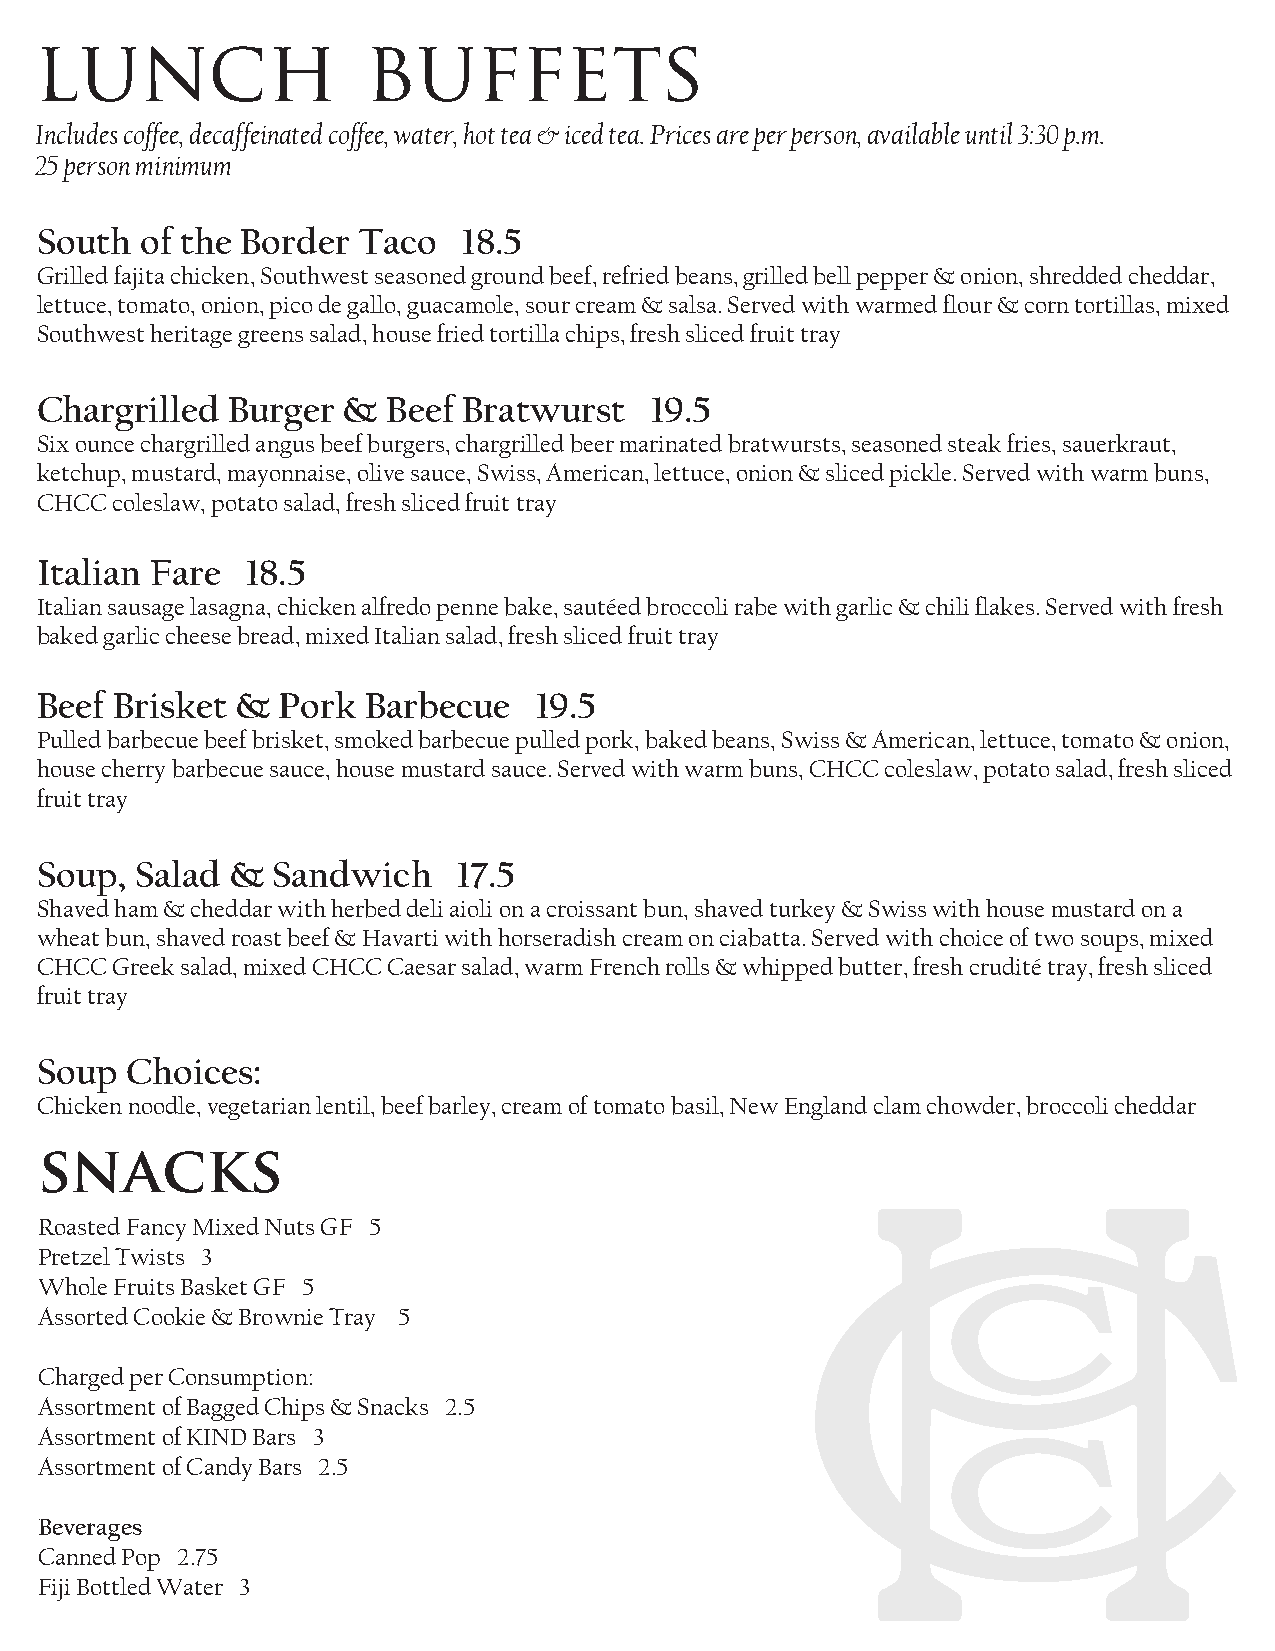
lunch                 buffets
 Includes coffee, decaffeinated coffee, water, hot tea & iced tea. Prices are per person, available until 3:30 p.m.
 25 person minimum
 South  of the Border  Taco   18.5
 Grilled fajita chicken, Southwest seasoned ground beef, refried beans, grilled bell pepper & onion, shredded cheddar,
 lettuce, tomato, onion, pico de gallo, guacamole, sour cream & salsa. Served with warmed flour & corn tortillas, mixed
 Southwest heritage greens salad, house fried tortilla chips, fresh sliced fruit tray
 Chargrilled  Burger  &  Beef Bratwurst   19.5
 Six ounce chargrilled angus beef burgers, chargrilled beer marinated bratwursts, seasoned steak fries, sauerkraut,
 ketchup, mustard, mayonnaise, olive sauce, Swiss, American, lettuce, onion & sliced pickle. Served with warm buns,
 CHCC coleslaw, potato salad, fresh sliced fruit tray
 Italian Fare  18.5
 Italian sausage lasagna, chicken alfredo penne bake, sautéed broccoli rabe with garlic & chili flakes. Served with fresh
 baked garlic cheese bread, mixed Italian salad, fresh sliced fruit tray
 Beef Brisket  & Pork  Barbecue   19.5
 Pulled barbecue beef brisket, smoked barbecue pulled pork, baked beans, Swiss & American, lettuce, tomato & onion,
 house cherry barbecue sauce, house mustard sauce. Served with warm buns, CHCC coleslaw, potato salad, fresh sliced
 fruit tray
 Soup,  Salad &  Sandwich    17.5
 Shaved ham & cheddar with herbed deli aioli on a croissant bun, shaved turkey & Swiss with house mustard on a
 wheat bun, shaved roast beef & Havarti with horseradish cream on ciabatta. Served with choice of two soups, mixed
 CHCC Greek salad, mixed CHCC Caesar salad, warm French rolls & whipped butter, fresh crudité tray, fresh sliced
 fruit tray
 Soup  Choices:
 Chicken noodle, vegetarian lentil, beef barley, cream of tomato basil, New England clam chowder, broccoli cheddar
 snacks
 Roasted Fancy Mixed Nuts GF 5
 Pretzel Twists 3
 Whole Fruits Basket GF 5
 Assorted Cookie & Brownie Tray 5
 Charged per Consumption:
 Assortment of Bagged Chips & Snacks 2.5
 Assortment of KIND Bars 3
 Assortment of Candy Bars 2.5
 Beverages
 Canned Pop 2.75
 Fiji Bottled Water 3